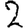
Digit: 2